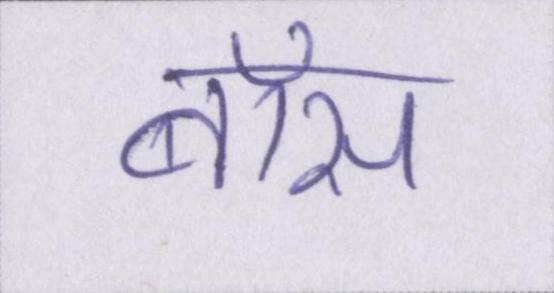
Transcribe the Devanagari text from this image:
बॉस